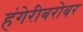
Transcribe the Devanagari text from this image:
हंगेरीबरोबर